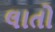
લાતો